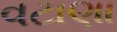
વટાણા